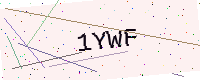
Text: 1YWF